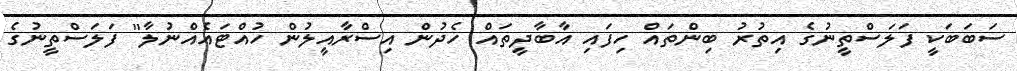
ސަބަބަކީ ފަލަސްތީނުގެ އިތުރު ބިންތައް ހިފައި އާބާދީތައް ހެދުން އިސްރާއީލުން ހުއްޓައެއްނުލާ" ފަލަސްތީނުގެ